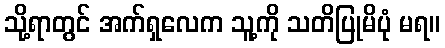
သို့ရာတွင် အက်ရှလေက သူ့ကို သတိပြုမိပုံ မရ။